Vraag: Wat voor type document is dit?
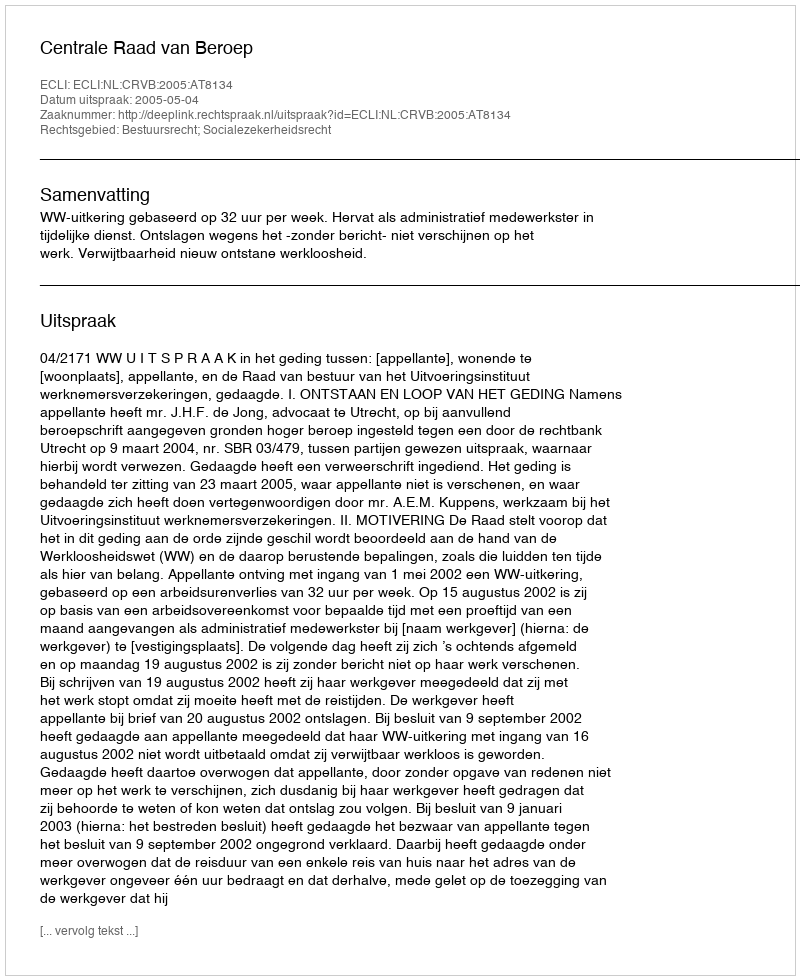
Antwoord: Uitspraak